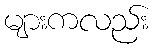
များကလည်း